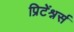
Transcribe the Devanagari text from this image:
प्रिटेंश्नर्स